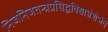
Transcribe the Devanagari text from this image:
निजनिजतन्त्रप्रसिद्धविद्याभ्रंशेऽपि